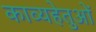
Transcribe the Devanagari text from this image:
काव्यहेतुओं